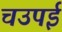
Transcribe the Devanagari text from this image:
चउपई